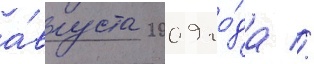
а́вгуста 2009 го́да //